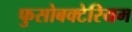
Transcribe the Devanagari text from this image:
फुसोबक्टेरियम